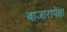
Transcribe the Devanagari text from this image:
बाजारापेक्षा